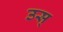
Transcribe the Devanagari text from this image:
उस्